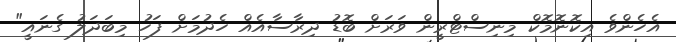
އެހެންވެ އިކޮނޮމޮކް މިނިސްޓްރީން ވަރަށް ބޮޑު ދިރާސާއެއް ހެދުމަށް ފަހު މިބަދަލު ގެނައީ"